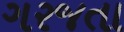
ગરજતા